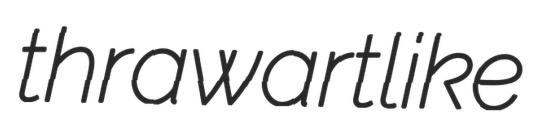
thrawartlike